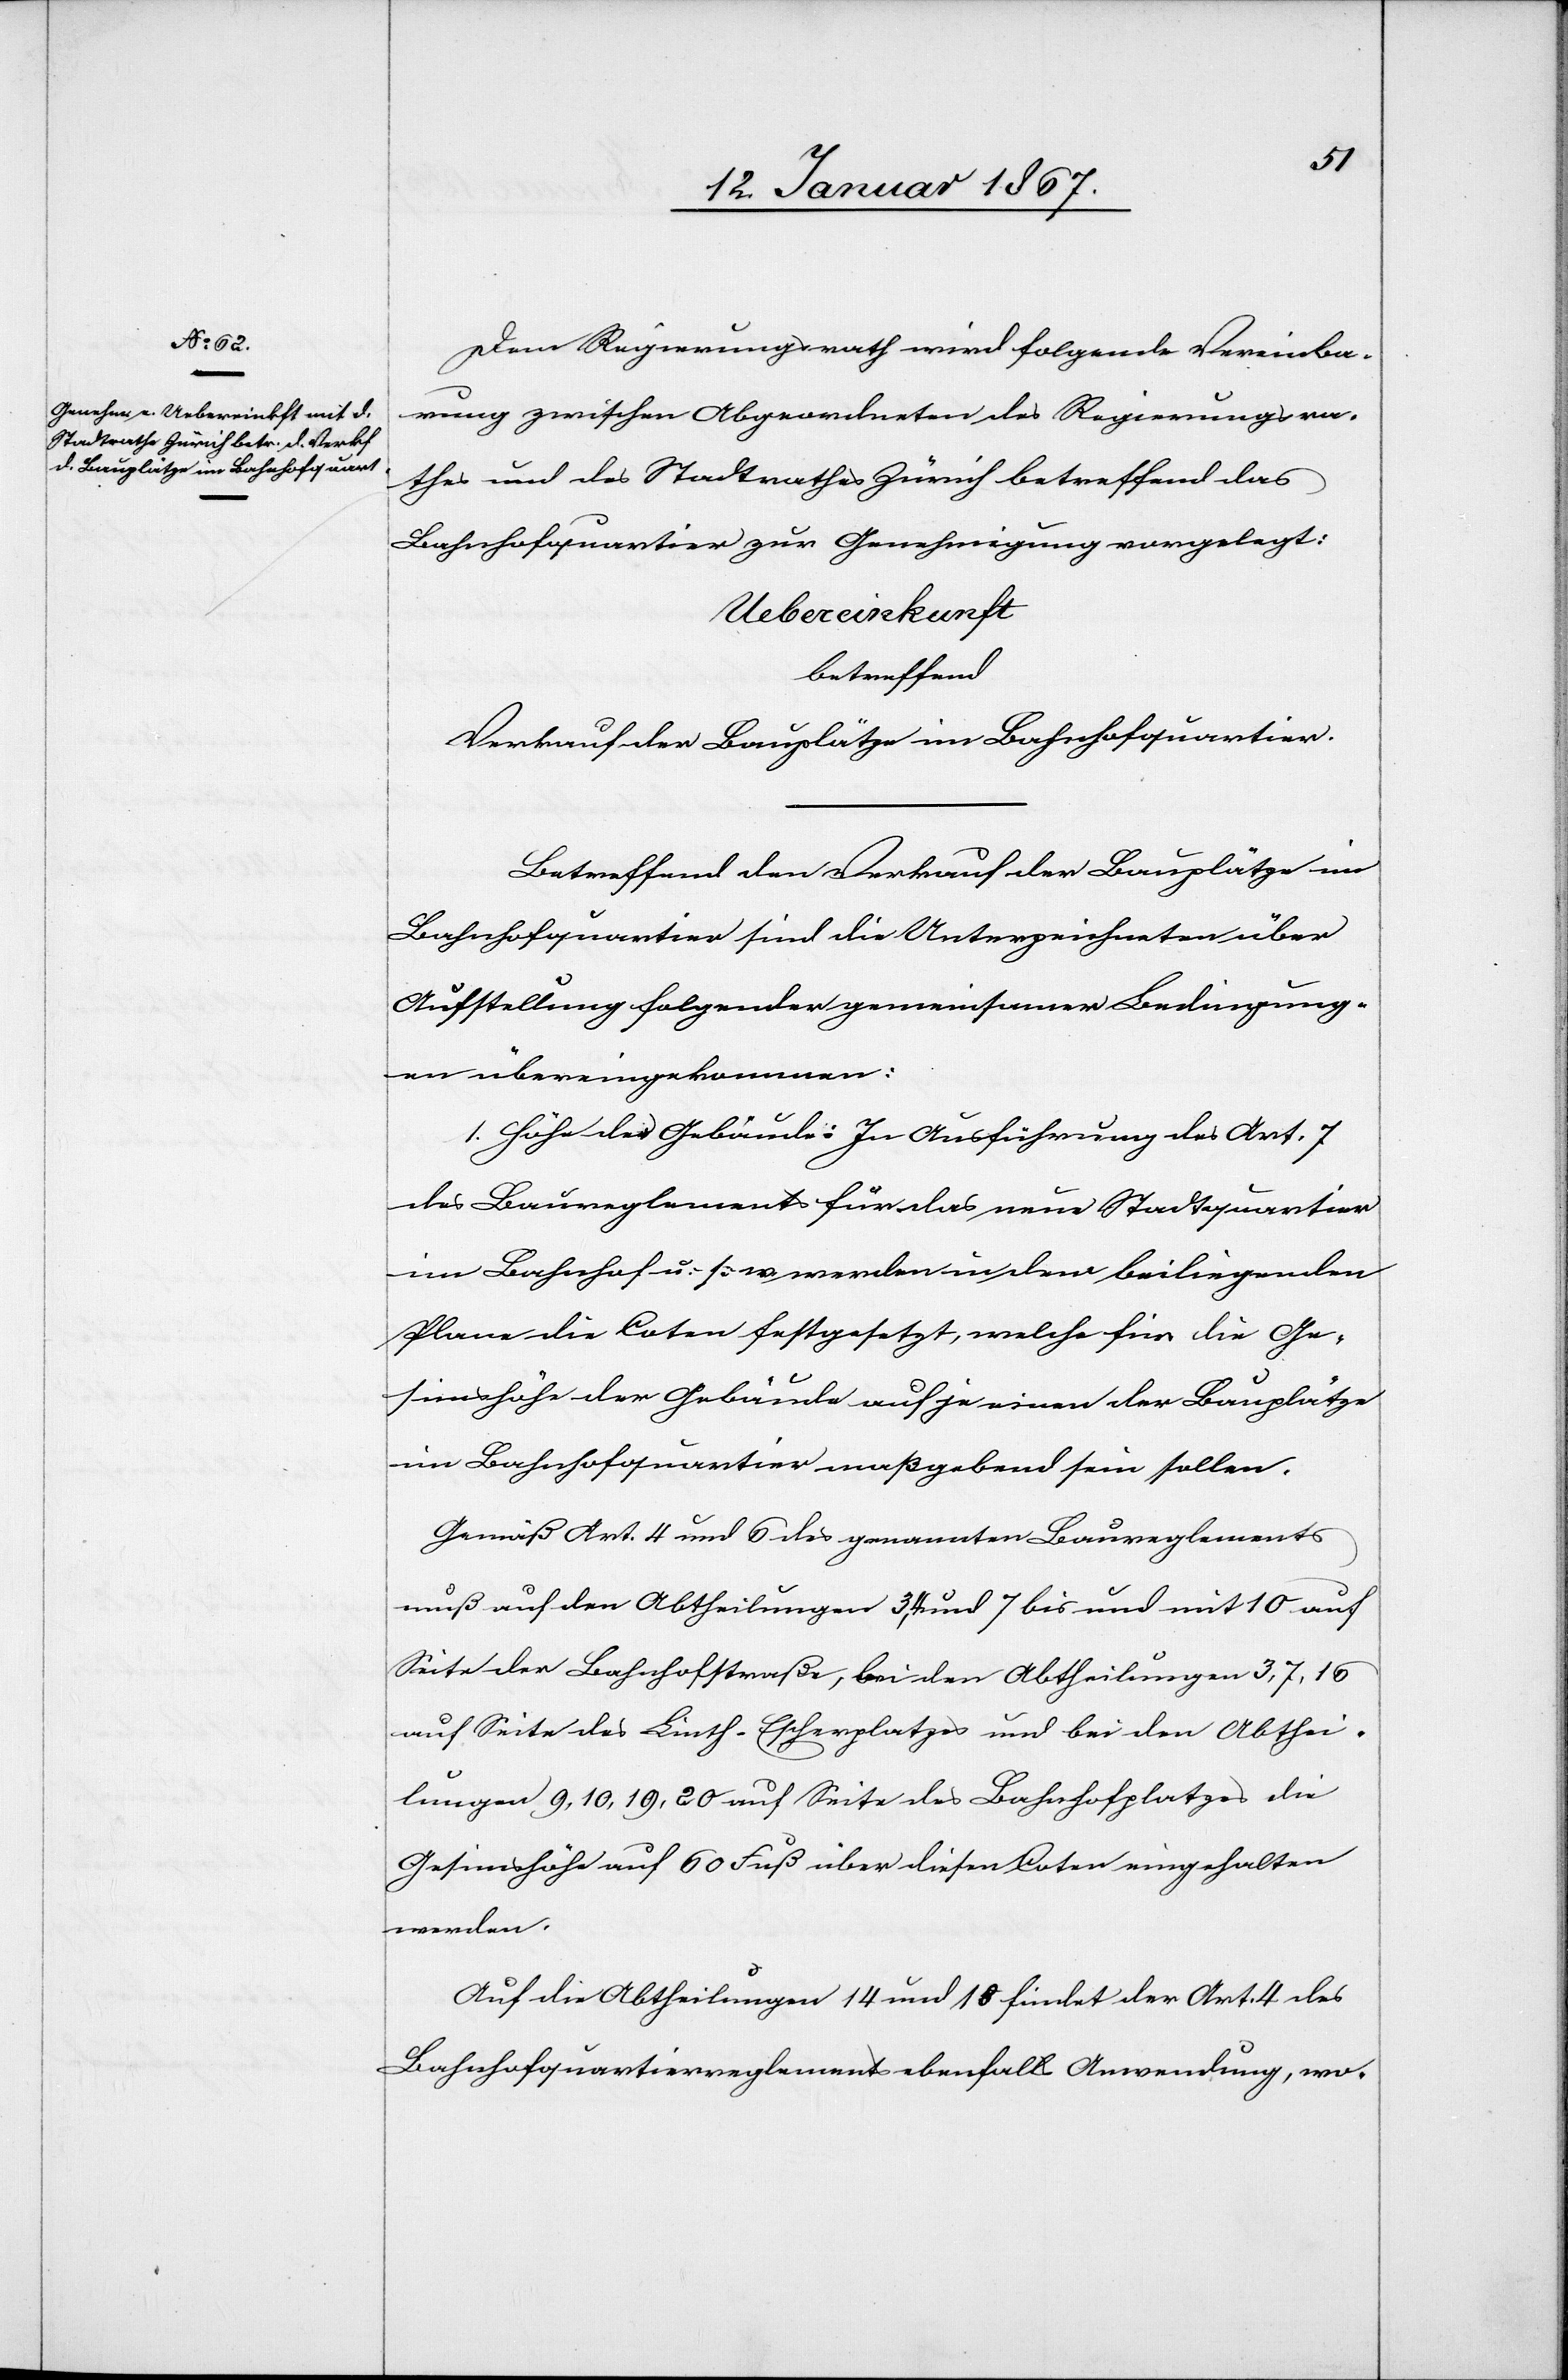
Dem Regierungsrath wird folgende Vereinba¬
rung zwischen Abgeordneten des Regierungsra¬
thes und des Stadtrathes Zürich betreffend das
Bahnhofquartier zur Genehmigung vorgelegt:
Uebereinkunft
betreffend
Verkauf der Bauplätze im Bahnhofquartier.
Betreffend den Verkauf der Bauplätze im
Bahnhofquartier sind die Unterzeichneten über
Aufstellung folgender gemeinsamer Bedingung¬
en übereingekommen:
1. Höhe der Gebäude: In Ausführung des Art. 7
des Baureglements für das neue Stadtquartier
im Bahnhof u. s. w. werden in dem beiliegenden
Plane die Coten festgesetzt, welche für die Ge¬
simshöhe der Gebäude auf je einen der Bauplätze
im Bahnhofquartier maßgebend sein sollen.
Gemäß Art. 4 und 6 des genannten Baureglements
muß auf den Abtheilungen 3, 4 und 7 bis und mit 10 auf
Seite der Bahnhofstraße, bei den Abtheilungen 3, 7, 16
auf Seite des Linth-Escherplatzes und bei den Abthei¬
lungen 9, 10, 19, 20 auf Seite des Bahnhofplatzes die
Gesimshöhe auf 60 Fuß über diesen Coten eingehalten
werden.
Auf die Abtheilungen 14 und 18 findet der Art. 4 des
Bahnhofquartierreglements ebenfalls Anwendung, wo-